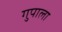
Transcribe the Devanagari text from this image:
गुपाला